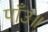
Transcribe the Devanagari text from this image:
पाँउ॥